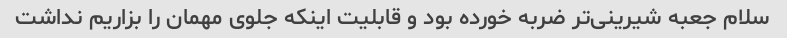
سلام جعبه شیرینی‌تر ضربه خورده بود و قابلیت اینکه جلوی مهمان را بزاریم نداشت